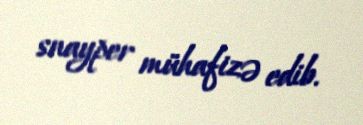
snayper mühafizə edib.